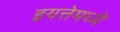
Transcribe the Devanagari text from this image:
इयत्तेमध्ये